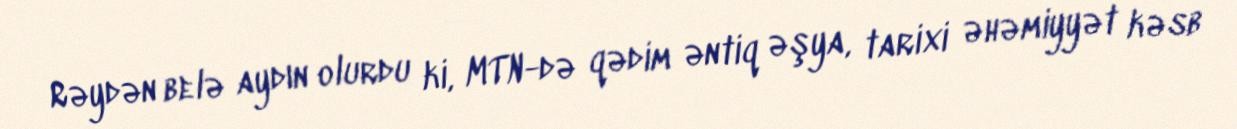
Rəydən belə aydın olurdu ki, MTN-də qədim əntiq əşya, tarixi əhəmiyyət kəsb